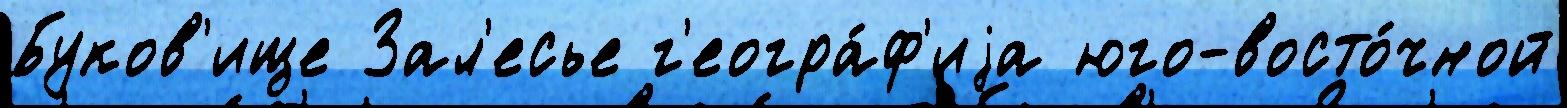
Буков'ище Зал'есье г'еогра́ф'иjа юго-восто́чной